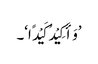
’وَأَکِیْدُ کَیْدًا‘۔